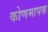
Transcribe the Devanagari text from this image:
कोणमापक